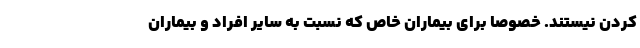
کردن نیستند. خصوصا برای بیماران خاص که نسبت به سایر افراد و بیماران